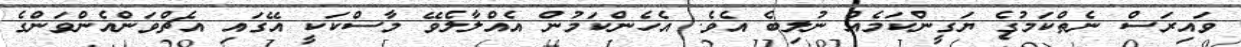
ވައިރަސް ނެތްކަމުގެ ޔަގީންކަމެއް ނުލިބެ އެވެ. އެހެންކަމުން އެއްލާލެވޭ މާސްކަކީ އޭގައި އެޗްވަންއެންވަންގެ